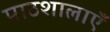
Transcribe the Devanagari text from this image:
पाठशालाऍं